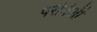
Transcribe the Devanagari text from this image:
परीवेशी